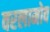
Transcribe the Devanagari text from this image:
वरलामोव